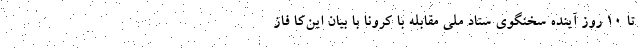
تا ۱۰ روز آینده سخنگوی ستاد ملی مقابله با کرونا با بیان این‌کا فاز